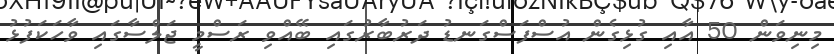
މިނިވަން 50 އާއި ގުޅިގެން އުސްފަސްގަނޑު ދަރުބާރުގައި ބޭއްވި ރަސްމީ ޖަލްސާގައި ވާހަަކަފުޅު